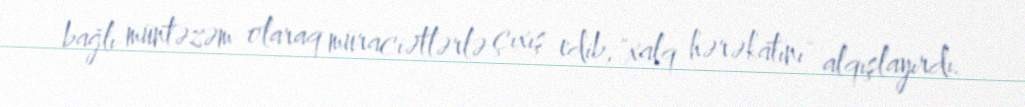
bağlı müntəzəm olaraq müraciətlərlə çıxış edib, "xalq hərəkatını" alqışlayırdı.